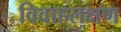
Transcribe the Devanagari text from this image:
विवाहलक्षण